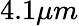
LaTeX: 4.1\mu m